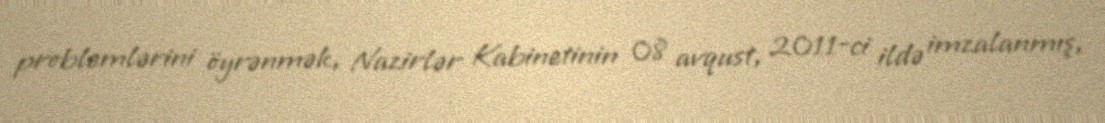
problemlərini öyrənmək, Nazirlər Kabinetinin 08 avqust, 2011-ci ildə imzalanmış,